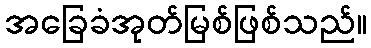
အခြေခံအုတ်မြစ်ဖြစ်သည်။